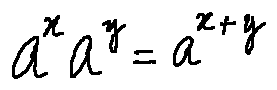
a ^ { x } a ^ { y } = a ^ { x + y }